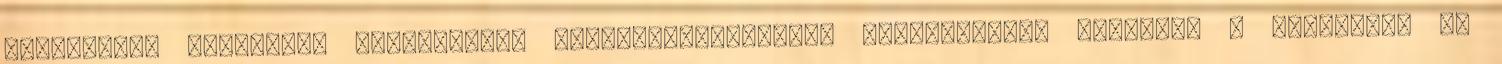
rendszerre vonatkozó minőségügyi eljárás-utasítások kidolgozása, valamint a bevezetés és